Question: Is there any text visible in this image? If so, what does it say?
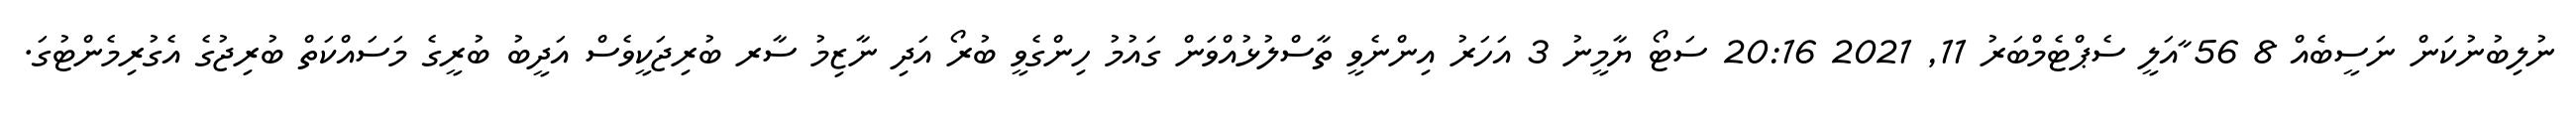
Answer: ނުލިބުނުކަން ނަސީބެއް 8 56 ާއަލީ ސެޕްޓެމްބަރު 11, 2021 20:16 ސަޓޯ ޔާމީނު 3 އަހަރު އިންނެވީ ތާސްލުޅުއްވަން ގައުމު ހިންގެވީ ބުރޯ އަދި ނާޒިމު ސާރ ބުރިޖަކީވެސް އަދީބު ބުރީގެ މަސައްކަތް ބުރިޖުގެ އެގުރިމެންޓުގަ.